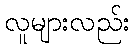
လူများလည်း